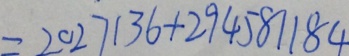
= 2 0 2 7 1 3 6 + 2 9 4 5 8 1 1 8 4